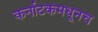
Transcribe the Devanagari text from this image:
कर्नाटकमधूनच